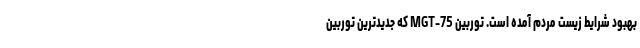
بهبود شرایط زیست مردم آمده است. توربین MGT-75 که جدیدترین توربین